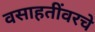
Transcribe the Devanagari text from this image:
वसाहतींवरचे